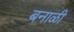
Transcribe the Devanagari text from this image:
बनाळी